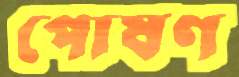
পোষণ